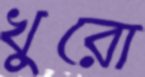
খুরো